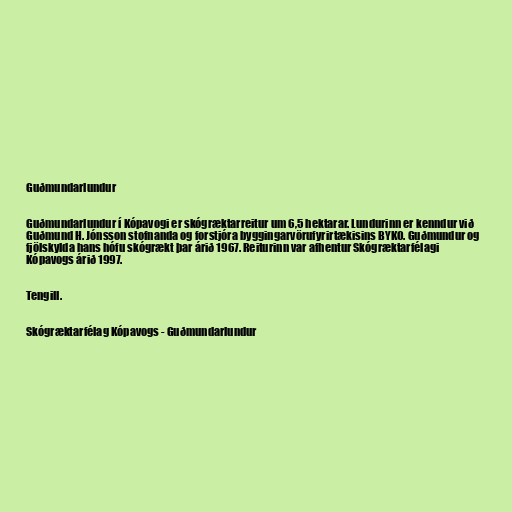
Guðmundarlundur

Guðmundarlundur í Kópavogi er skógræktarreitur um 6,5 hektarar. Lundurinn er kenndur við
Guðmund H. Jónsson stofnanda og forstjóra byggingarvörufyrirtækisins BYKO. Guðmundur og
fjölskylda hans hófu skógrækt þar árið 1967. Reiturinn var afhentur Skógræktarfélagi
Kópavogs árið 1997.

Tengill.

Skógræktarfélag Kópavogs - Guðmundarlundur